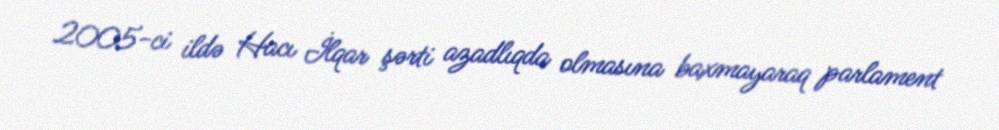
2005-ci ildə Hacı İlqar şərti azadlıqda olmasına baxmayaraq parlament